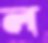
ল